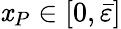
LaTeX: \mathit{x}_{P}\in[0,\bar{{\varepsilon}}]